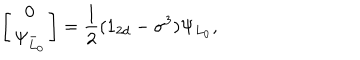
\left[ \begin{matrix} { { 0 } } \\ { { \Psi _ { L _ { 0 } } ^ { - } } } \\ \end{matrix} \right] = { \frac { 1 } { 2 } } ( 1 _ { 2 d } - \sigma ^ { 3 } ) \Psi _ { L _ { 0 } } ,